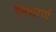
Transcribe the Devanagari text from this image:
निधार्ण